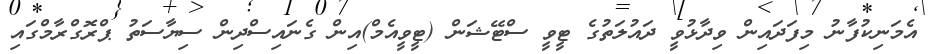
އެމަނިކުފާނު މިފަދައިން ވިދާޅުވީ ދައުލަތުގެ ޓީވީ ސްޓޭޝަން (ޓީވީއެމް)އިން ގެނައިސްދިން ސިޔާސަތު ޕްރޮގްރާމްގައި